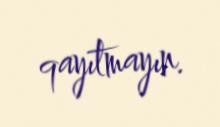
qayıtmayın.